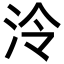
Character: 泠